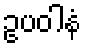
ဥပဝါနံ